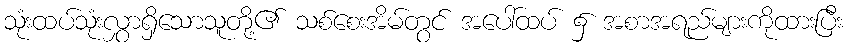
သုံးထပ်သုံးလွှာရှိသောသူတို့၏ သစ်စေးအိမ်တွင် အပေါ်ထပ် ၌ အစာအရည်များကိုထားပြီး